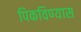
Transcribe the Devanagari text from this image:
पिकविण्यास